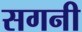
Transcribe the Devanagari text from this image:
सगनी